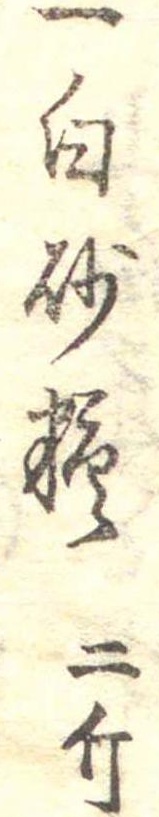
一白砂糖二斤